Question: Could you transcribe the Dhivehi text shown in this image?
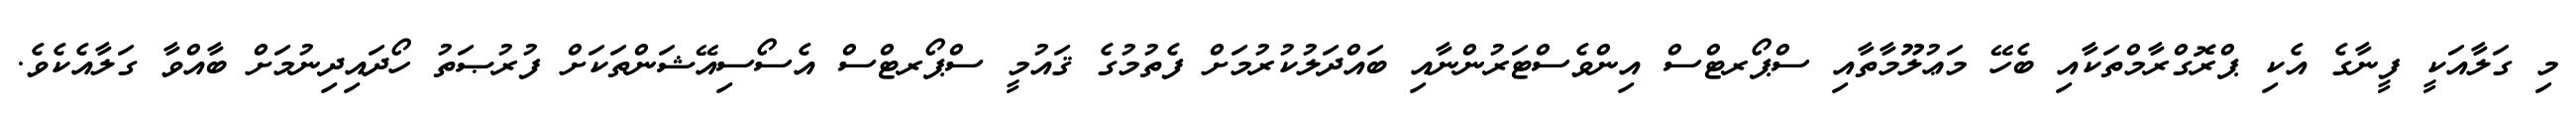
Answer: މި ގަލާއަކީ ފީނާގެ އެކި ޕްރޮގްރާމްތަކާއި ބެހޭ މަޢުލޫމާތާއި ސްޕޯރޓްސް އިންވެސްޓަރުންނާއި ބައްދަލުކުރުމަށް ފެތުމުގެ ޤައުމީ ސްޕޯރޓްސް އެސޯސިއޭޝަންތަކަށް ފުރުޞަތު ހޯދައިދިނުމަށް ބާއްވާ ގަލާއެކެވެ.